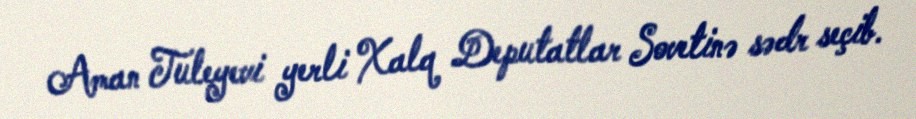
Aman Tuleyevi yerli Xalq Deputatlar Sovetinə sədr seçib.